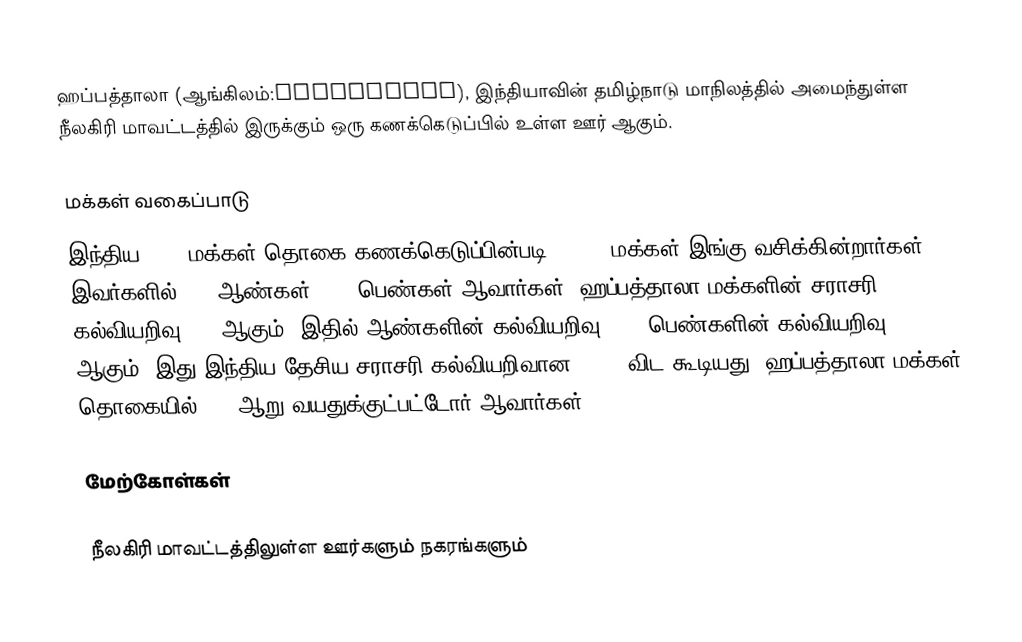
ஹப்பத்தாலா (ஆங்கிலம்:Hubbathala), இந்தியாவின் தமிழ்நாடு மாநிலத்தில் அமைந்துள்ள நீலகிரி மாவட்டத்தில் இருக்கும் ஒரு கணக்கெடுப்பில் உள்ள ஊர் ஆகும்.

மக்கள் வகைப்பாடு
இந்திய 2001 மக்கள் தொகை கணக்கெடுப்பின்படி 10,974 மக்கள் இங்கு வசிக்கின்றார்கள். இவர்களில் 49% ஆண்கள், 51% பெண்கள் ஆவார்கள். ஹப்பத்தாலா மக்களின் சராசரி கல்வியறிவு 73% ஆகும்,  இதில் ஆண்களின் கல்வியறிவு 82%,  பெண்களின் கல்வியறிவு 65% ஆகும். இது இந்திய தேசிய சராசரி கல்வியறிவான 59.5% விட கூடியது. ஹப்பத்தாலா மக்கள் தொகையில் 11%  ஆறு வயதுக்குட்பட்டோர் ஆவார்கள்.

மேற்கோள்கள்

நீலகிரி மாவட்டத்திலுள்ள ஊர்களும் நகரங்களும்